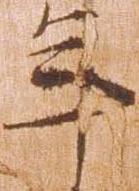
年